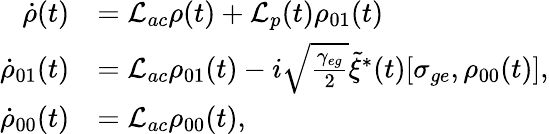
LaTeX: \begin{array}{rl}{\dot{\rho}(t)}&{=\mathcal{L}_{ac}\rho(t)+\mathcal{L}_{p}(t)\rho_{01}(t)}\\ {\dot{\rho}_{01}(t)}&{=\mathcal{L}_{ac}\rho_{01}(t)-i\sqrt{\frac{\gamma_{eg}}{2}}\tilde{\xi}^{*}(t)[\sigma_{ge},\rho_{00}(t)],}\\ {\dot{\rho}_{00}(t)}&{=\mathcal{L}_{ac}\rho_{00}(t),}\end{array}